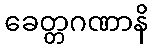
ခေတ္တဂဏာနိ